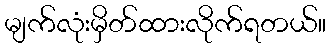
မျက်လုံးမှိတ်ထားလိုက်ရတယ်။